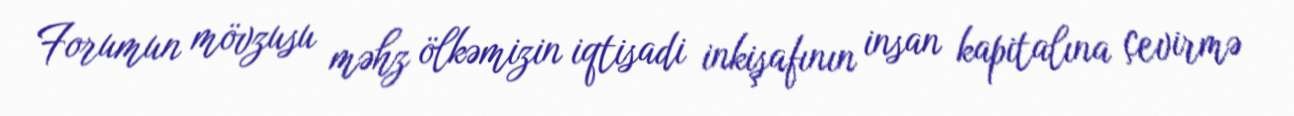
Forumun mövzusu məhz ölkəmizin iqtisadi inkişafının insan kapitalına çevirmə